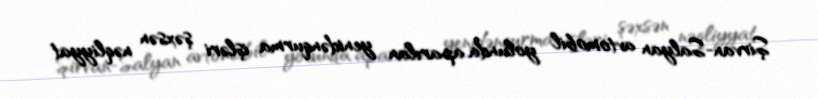
Şirvan-Salyan avtomobil yolunda aparılan yenidənqurma işləri şəxsən nəqliyyat